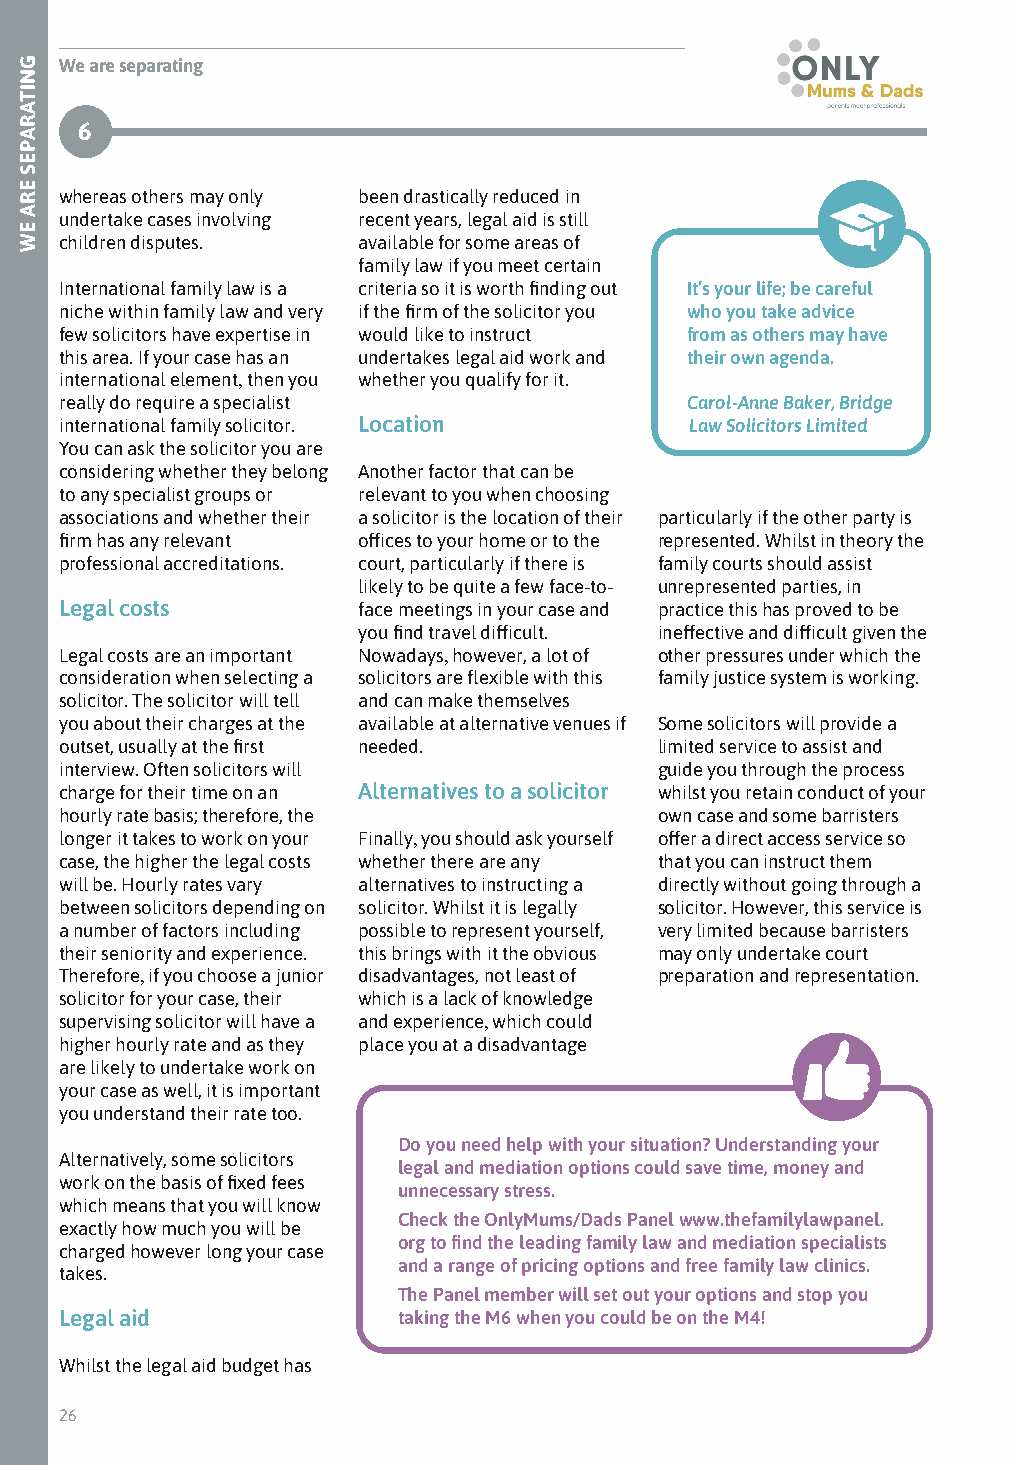
We are separating
 6
 whereas others may only been drastically reduced in
 undertake cases involving recent years, legal aid is still
 children disputes.  available for some areas of
 family law if you meet certain
 International family law is a criteria so it is worth finding out It’s your life; be careful
 niche within family law and very if the firm of the solicitor you who you take advice
 few solicitors have expertise in would like to instruct from as others may have
 this area. If your case has an undertakes legal aid work and their own agenda.
 international element, then you whether you qualify for it.
 really do require a specialist           Carol-Anne Baker, Bridge
 international family solicitor. Location  Law Solicitors Limited
 You can ask the solicitor you are
 considering whether they belong Another factor that can be
 to any specialist groups or relevant to you when choosing
 associations and whether their a solicitor is the location of their particularly if the other party is
 firm has any relevant offices to your home or to the represented. Whilst in theory the
 professional accreditations. court, particularly if there is family courts should assist
 likely to be quite a few face-to- unrepresented parties, in
 Legal costs         face meetings in your case and practice this has proved to be
 you find travel difficult. ineffective and difficult given the
 Legal costs are an important Nowadays, however, a lot of other pressures under which the
 consideration when selecting a solicitors are flexible with this family justice system is working.
 solicitor. The solicitor will tell and can make themselves
 you about their charges at the available at alternative venues if Some solicitors will provide a
 outset, usually at the first needed.    limited service to assist and
 interview. Often solicitors will        guide you through the process
 charge for their time on an Alternatives to a solicitor whilst you retain conduct of your
 hourly rate basis; therefore, the       own case and some barristers
 longer it takes to work on your Finally, you should ask yourself offer a direct access service so
 case, the higher the legal costs whether there are any that you can instruct them
 will be. Hourly rates vary alternatives to instructing a directly without going through a
 between solicitors depending on solicitor. Whilst it is legally solicitor. However, this service is
 a number of factors including possible to represent yourself, very limited because barristers
 their seniority and experience. this brings with it the obvious may only undertake court
 Therefore, if you choose a junior disadvantages, not least of preparation and representation.
 solicitor for your case, their which is a lack of knowledge
 supervising solicitor will have a and experience, which could
 higher hourly rate and as they place you at a disadvantage
 are likely to undertake work on
 your case as well, it is important
 you understand their rate too.
 Do you need help with your situation? Understanding your
 Alternatively, some solicitors
 legal and mediation options could save time, money and
 work on the basis of fixed fees
 unnecessary stress.
 which means that you will know
 Check the OnlyMums/Dads Panel www.thefamilylawpanel.
 exactly how much you will be
 org to find the leading family law and mediation specialists
 charged however long your case
 and a range of pricing options and free family law clinics.
 takes.
 The Panel member will set out your options and stop you
 Legal aid             taking the M6 when you could be on the M4!
 Whilst the legal aid budget has
 26
 GNITARAPES
 ERA
 EW